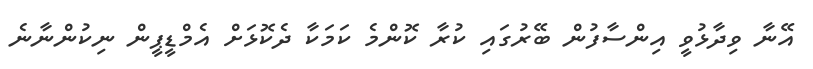
އޭނާ ވިދާޅުވީ އިންސާފުން ބޭރުގައި ކުރާ ކޮންމެ ކަމަކާ ދެކޮޅަށް އެމްޑީޕީން ނިކުންނާނެ